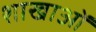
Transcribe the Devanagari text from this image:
शाखाआें